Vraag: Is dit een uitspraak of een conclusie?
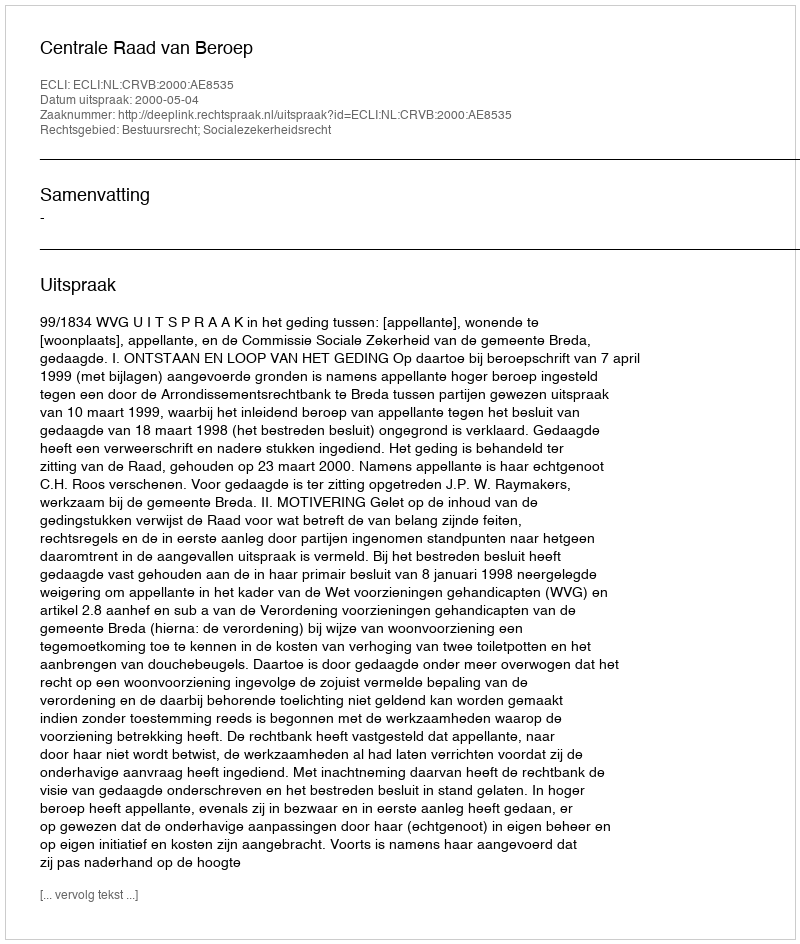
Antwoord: Uitspraak